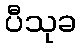
ပီသုခ